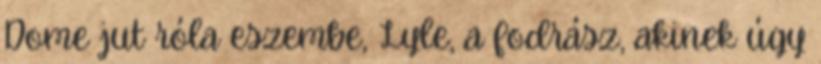
Dome jut róla eszembe, Lyle, a fodrász, akinek úgy